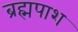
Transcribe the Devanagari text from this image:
ब्रह्मपाश